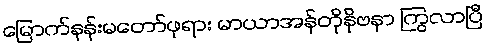
မြောက်နန်းမတော်ဖုရား မာယာအန်တိုနိုဗနာ ကြွလာပြီ